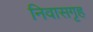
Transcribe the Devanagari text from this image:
निवासगृह